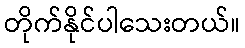
တိုက်နိုင်ပါသေးတယ်။